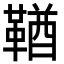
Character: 鞧